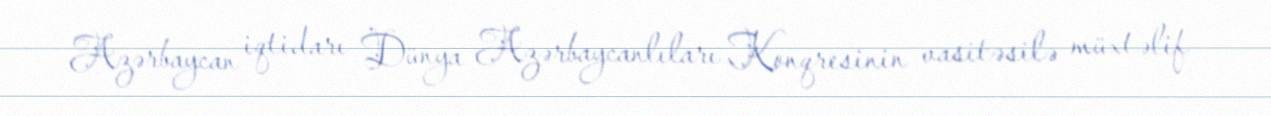
Azərbaycan iqtidarı Dünya Azərbaycanlıları Konqresinin vasitəsilə müxtəlif